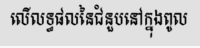
លើលទ្ធផលនៃជំនួបនៅក្នុងពូល